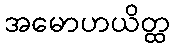
အမောဟယိတ္ထ